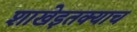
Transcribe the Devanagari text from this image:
शाखेइतक्याच